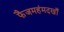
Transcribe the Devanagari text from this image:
फैजमहंमदखाँ